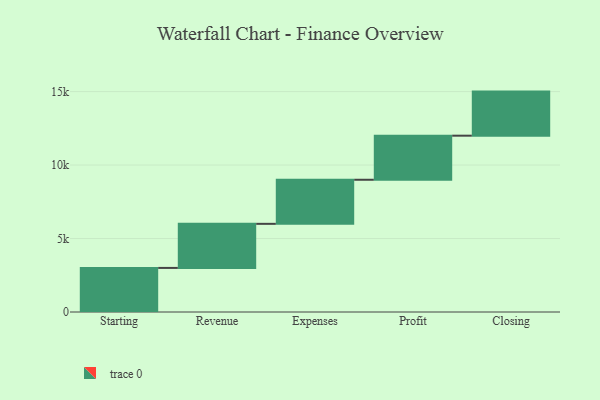
{"axis": {"x": "Step", "y": "Value"}, "legend": [""], "data": [{"x": "Starting", "y": 3000, "type": ""}, {"x": "Revenue", "y": 3000, "type": ""}, {"x": "Expenses", "y": 3000, "type": ""}, {"x": "Profit", "y": 3000, "type": ""}, {"x": "Closing", "y": 3000, "type": ""}]}